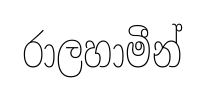
රාලහාමීන්